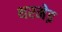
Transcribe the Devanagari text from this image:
थरमेइ